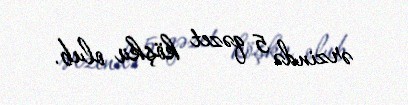
ərzində 5 qəzet köşkü olub.